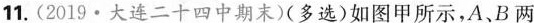
11.(2019·大连二十四中期末)(多选)如图甲所示，A、B两